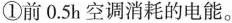
①前0.5h空调消耗的电能。